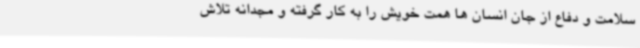
سلامت و دفاع از جان انسان ها همت خویش را به کار گرفته و مجدانه تلاش